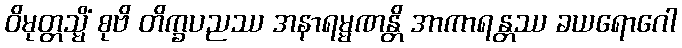
ဝိမုတ္တသ္မိံ စုဗိ တိက္ခပညဿ အနာရမ္မဏန္တိ အာကာရန္တဿ ခယရောဂေါ